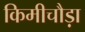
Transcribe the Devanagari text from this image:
किमीचौड़ा